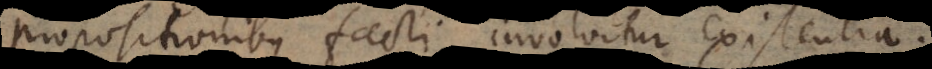
propositionibus facti, involvitur existentia.